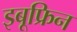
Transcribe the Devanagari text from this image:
इबूफ्रिन